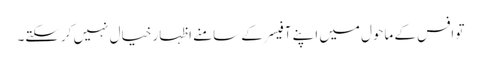
تو افس کے ماحول میں اپنے آفیسر کے سامنے اظہار خیال نہیں کرسکتے۔